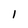
Character: 1